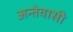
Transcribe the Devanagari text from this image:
अन्तेवासी